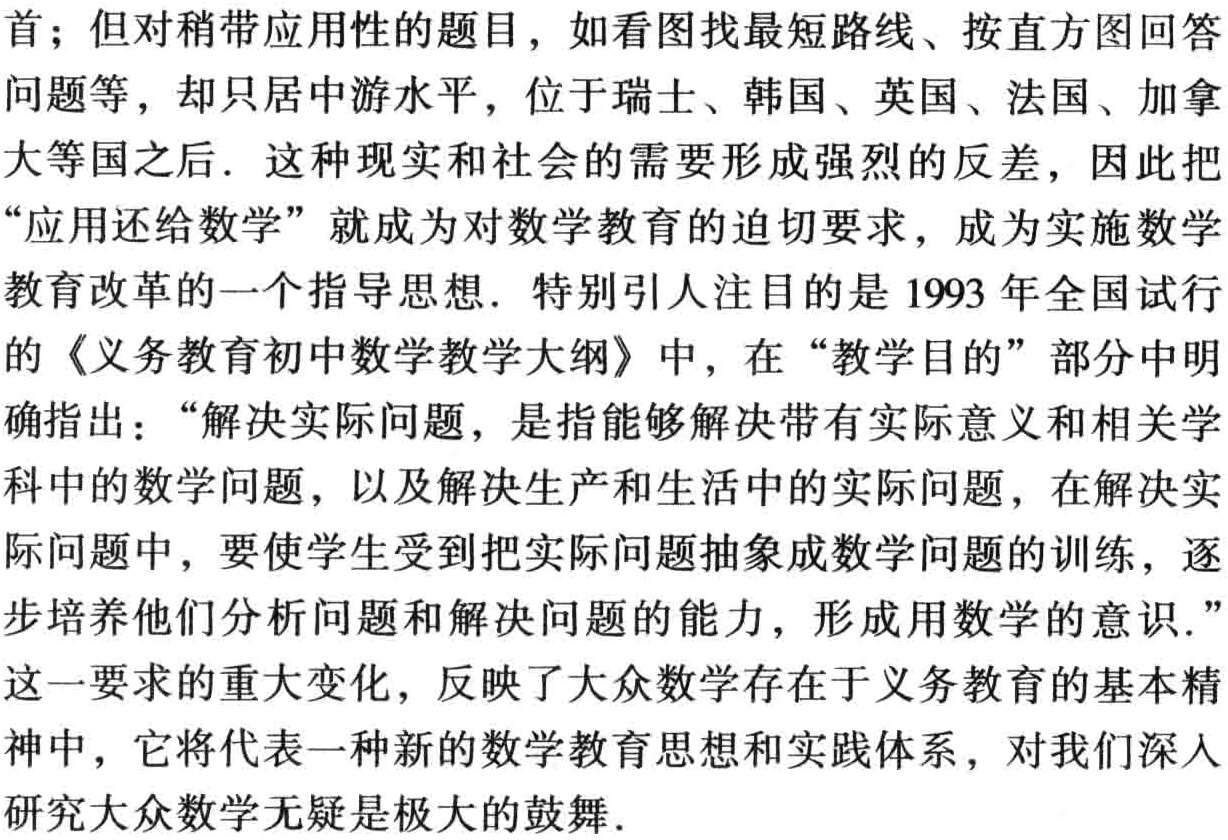
首；但对稍带应用性的题目，如看图找最短路线、按直方图回答
问题等，却只居中游水平，位于瑞士、韩国、英国、法国、加拿
大等国之后. 这种现实和社会的需要形成强烈的反差，因此把
“应用还给数学” 就成为对数学教育的迫切要求，成为实施数学
教育改革的一个指导思想. 特别引人注目的是 1993 年全国试行
的《义务教育初中数学教学大纲》中，在 “教学目的” 部分中明
确指出：“解决实际问题，是指能够解决带有实际意义和相关学
科中的数学问题，以及解决生产和生活中的实际问题，在解决实
际问题中，要使学生受到把实际问题抽象成数学问题的训练，逐
步培养他们分析问题和解决问题的能力，形成用数学的意识.”
这一要求的重大变化，反映了大众数学存在于义务教育的基本精
神中，它将代表一种新的数学教育思想和实践体系，对我们深人
研究大众数学无疑是极大的鼓舞.